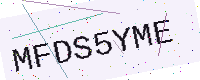
Text: MFDS5YME